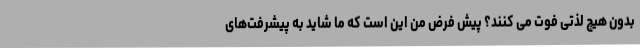
بدون هیچ لذتی فوت می کنند؟ پیش فرض من این است که ما شاید به پیشرفت‌های